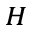
_ H